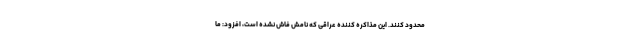
محدود کنند. این مذاکره کننده عراقی که نامش فاش نشده است، افزود: ما